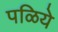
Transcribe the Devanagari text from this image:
पळिये